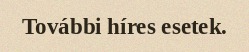
További híres esetek.